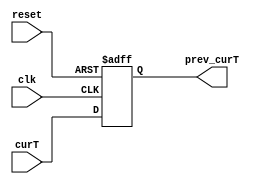
`timescale 1ns / 1ps


module perserve_curT(
input wire [2:0] curT,
input wire clk,
input wire reset,
output reg [2:0] prev_curT
    );
    
     always @(posedge clk or posedge reset) begin
        if (reset) begin
            prev_curT <= 3'b000;  //  0
        end 
        else begin
            prev_curT <= curT;
        end
    end
endmodule